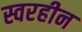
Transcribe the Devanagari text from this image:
स्वरहीन